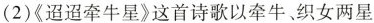
(2)《迢迢牵牛星》这首诗歌以牵牛、织女两星